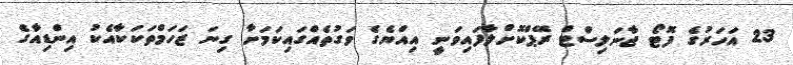
23 އަހަރުގެ ފޮޓޯ ޖާނަލިސްޓް ރޭޕްކޮށްލާފައިވަނީ އިއްޔެގެ ވަގުތެއްގައިކަމަށާ ގިނަ ޒަހަމްތަކަކާއެކު އިންޑިއާގެ